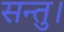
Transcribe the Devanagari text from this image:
सन्तु।